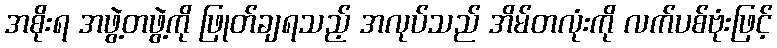
အစိုးရ အဖွဲ့တဖွဲ့ကို ဖြုတ်ချရသည့် အလုပ်သည် အိမ်တလုံးကို လက်ပစ်ဗုံးဖြင့်